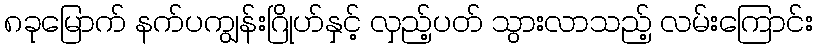
၈ခုမြောက် နက်ပကျွန်းဂြိုဟ်နှင့် လှည့်ပတ် သွားလာသည့် လမ်းကြောင်း